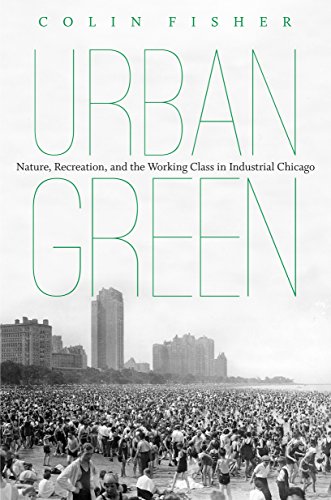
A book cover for Urban Green: Nature, Recreation, and the Working Class in Industrial Chicago; Colin Fisher; History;